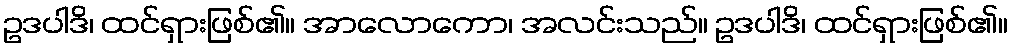
ဥဒပါဒိ၊ ထင်ရှားဖြစ်၏။ အာလောကော၊ အလင်းသည်။ ဥဒပါဒိ၊ ထင်ရှားဖြစ်၏။